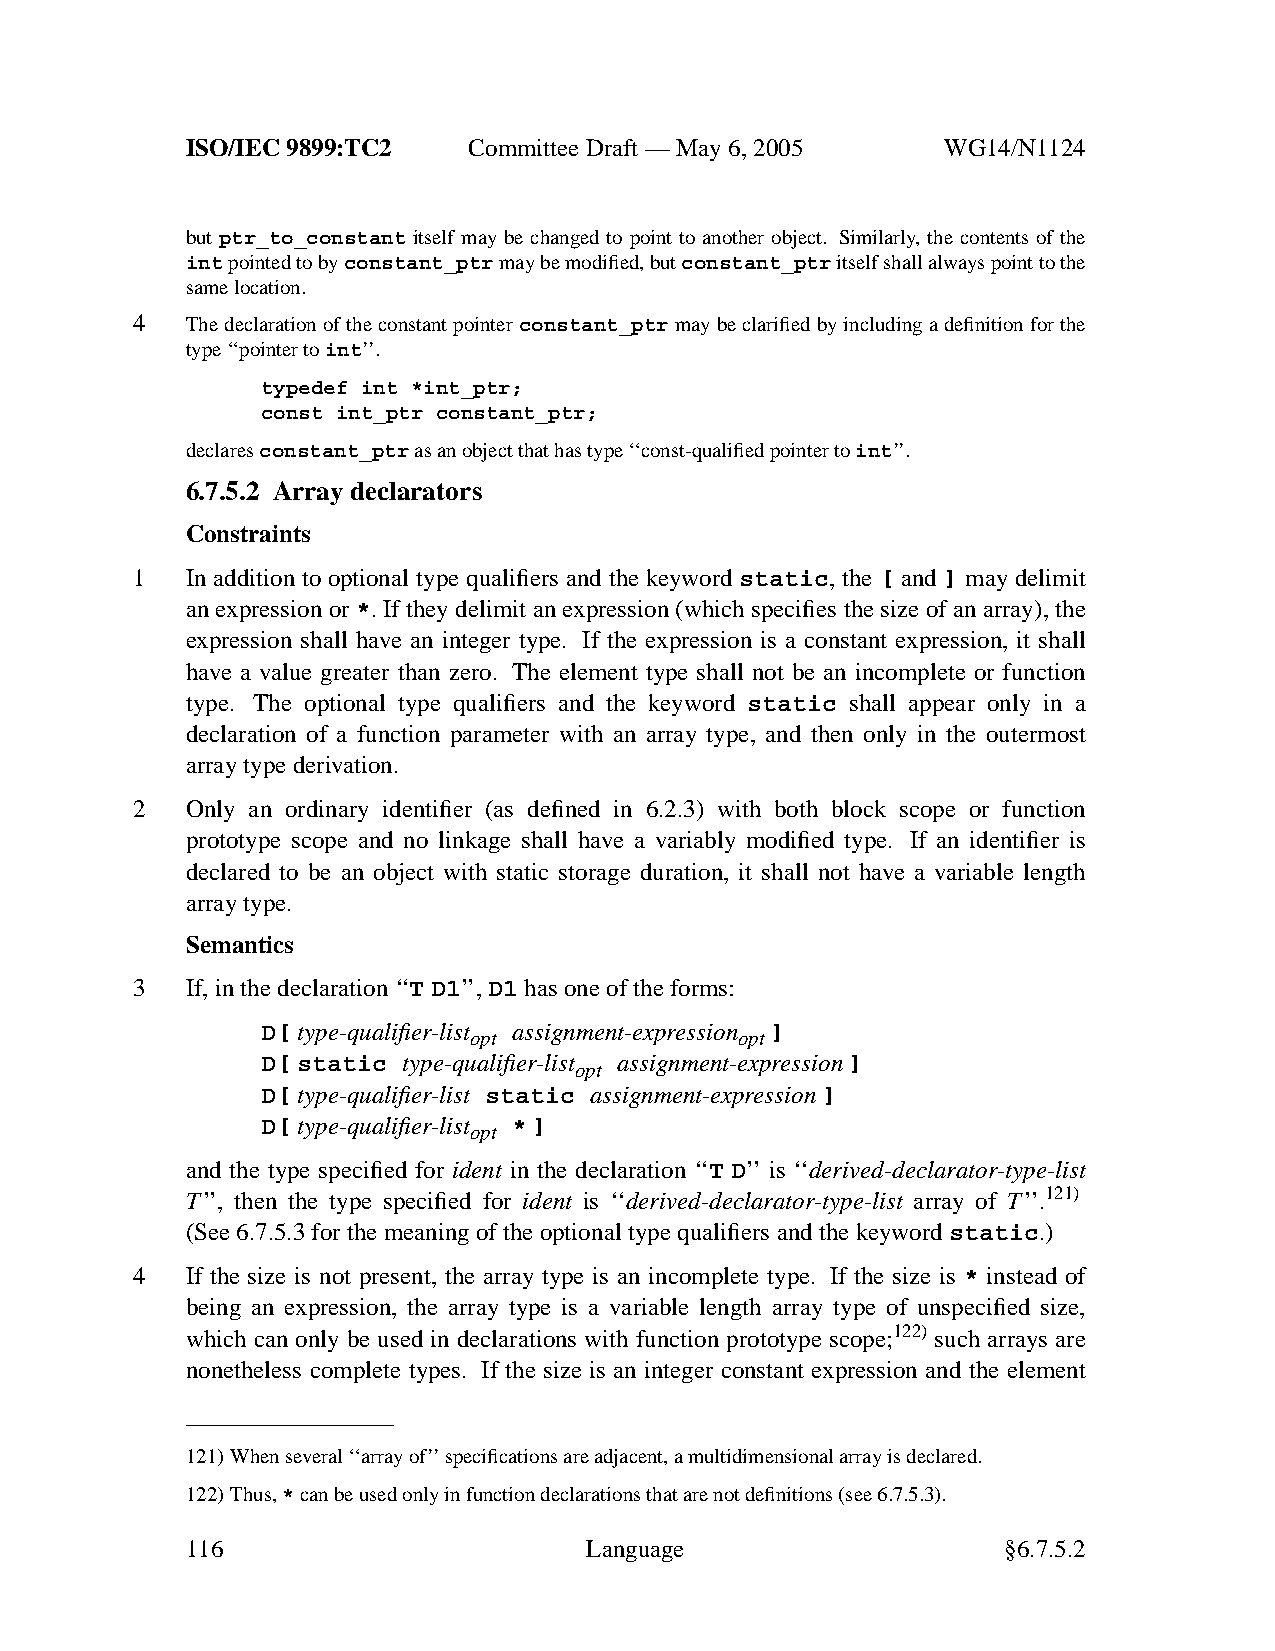
ISO/IEC 9899:TC2   Committee Draft — May 6, 2005   WG14/N1124
 but ptr_to_constant itself may be changed to point to another object. Similarly, the contents of the
 intpointed to byconstant_ptrmay be modified, butconstant_ptritself shall always point to the
 same location.
 4  The declaration of the constant pointerconstant_ptrmay be clarified by including a definition for the
 type ‘‘pointer toint’’.
 typedef int *int_ptr;
 const int_ptr constant_ptr;
 declaresconstant_ptras an object that has type ‘‘const-qualified pointer toint’’.
 6.7.5.2 Array declarators
 Constraints
 1  In addition to optional type qualifiers and the keyword static, the [ and ] may delimit
 an expression or *. If they delimit an expression (which specifies the size of an array), the
 expression shall have an integer type. If the expression is a constant expression, it shall
 have a value greater than zero. The element type shall not be an incomplete or function
 type. The optional type qualifiers and the keyword static shall appear only in a
 declaration of a function parameter with an array type, and then only in the outermost
 array type derivation.
 2  Only an ordinary identifier (as defined in 6.2.3) with both block scope or function
 prototype scope and no linkage shall have a variably modified type. If an identifier is
 declared to be an object with static storage duration, it shall not have a variable length
 array type.
 Semantics
 3  If, in the declaration ‘‘TD1’’, D1 has one of the forms:
 D[ type-qualifier-list assignment-expression ]
 opt               opt
 D[ static type-qualifier-list assignment-expression]
 opt
 D[ type-qualifier-list static assignment-expression]
 D[ type-qualifier-list *]
 opt
 and the type specified for ident in the declaration ‘‘T D’’ is ‘‘derived-declarator-type-list
 T’’, then the type specified for ident is ‘‘derived-declarator-type-list array of T’’.121)
 (See 6.7.5.3 for the meaning of the optional type qualifiers and the keyword static.)
 4  If the size is not present, the array type is an incomplete type. If the size is * instead of
 being an expression, the array type is a variable length array type of unspecified size,
 which can only be used in declarations with function prototype scope;122) such arrays are
 nonetheless complete types. If the size is an integer constant expression and the element
 121)When several ‘‘array of’’ specifications are adjacent, a multidimensional array is declared.
 122)Thus,*can be used only in function declarations that are not definitions (see 6.7.5.3).
 116                        Language                    §6.7.5.2